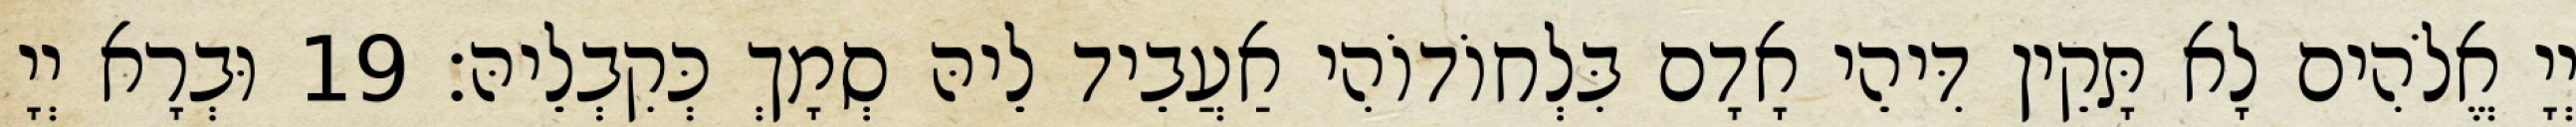
יְיָ אֱלֹהִים לָא תָּקֵין דִּיהֵי אָדָם בִּלְחוֹדוֹהִי אַעֲבֵיד לֵיהּ סְמָךְ כְּקִבְלֵיהּ׃ 19 וּבְרָא יְיָ